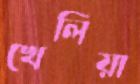
খেলিয়া